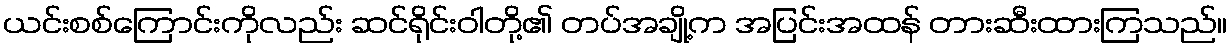
ယင်းစစ်ကြောင်းကိုလည်း ဆင်ရိုင်းဝါတို့၏ တပ်အချို့က အပြင်းအထန် တားဆီးထားကြသည်။